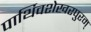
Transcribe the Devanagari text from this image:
पार्थिवशेखरपुरम्